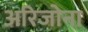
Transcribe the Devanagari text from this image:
अरिजोना